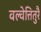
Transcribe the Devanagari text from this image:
वल्वेत्तितुरै